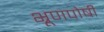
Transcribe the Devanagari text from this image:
भ्रूणपोषी